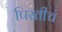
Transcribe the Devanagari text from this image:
पिरतीचं